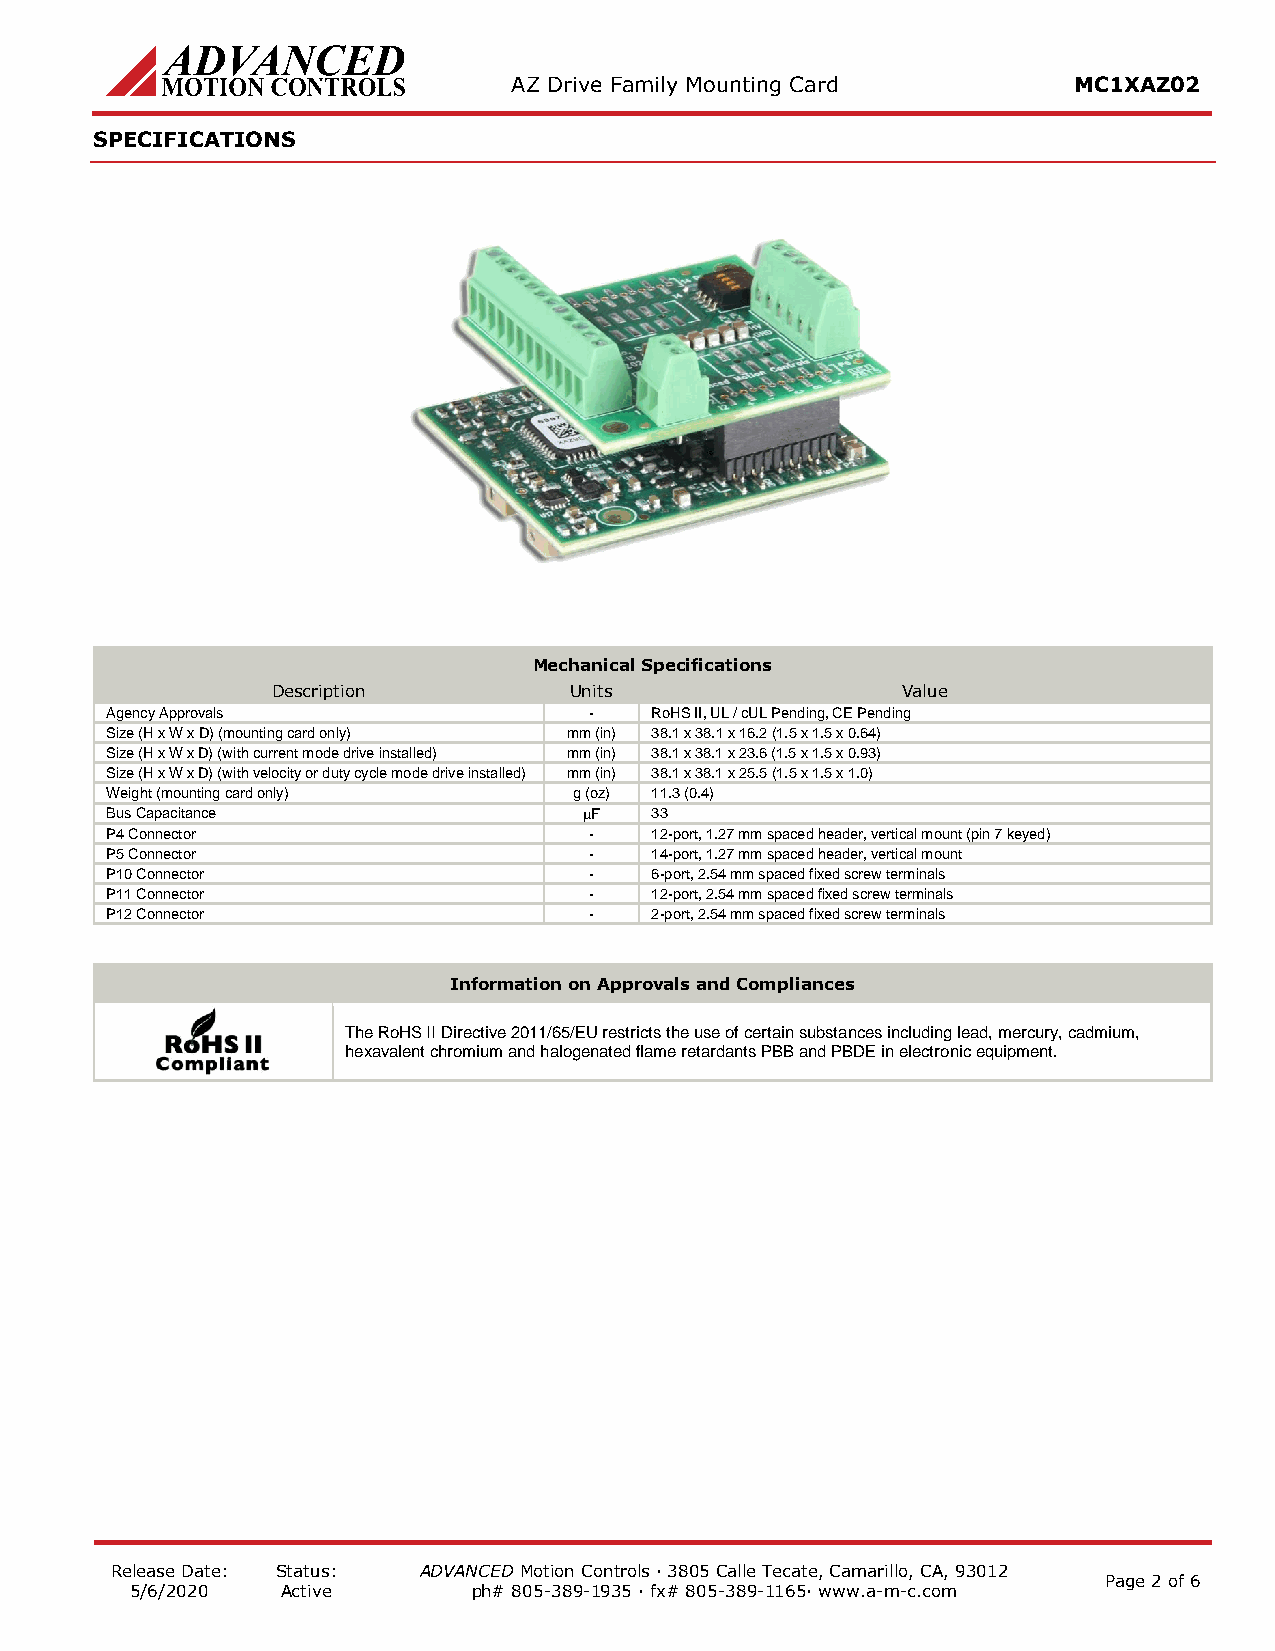
AZ Drive Family Mounting Card        MC1XAZ02
 SPECIFICATIONS
 Mechanical Specifications
 Description         Units                 Value
 Agency Approvals                -   RoHS II, UL / cUL Pending, CE Pending
 Size (H x W x D) (mounting card only) mm (in) 38.1 x 38.1 x 16.2 (1.5 x 1.5 x 0.64)
 Size (H x W x D) (with current mode drive installed) mm (in) 38.1 x 38.1 x 23.6 (1.5 x 1.5 x 0.93)
 Size (H x W x D) (with velocity or duty cycle mode drive installed) mm (in) 38.1 x 38.1 x 25.5 (1.5 x 1.5 x 1.0)
 Weight (mounting card only)    g (oz) 11.3 (0.4)
 Bus Capacitance                 F  33
 P4 Connector                    -   12-port, 1.27 mm spaced header, vertical mount (pin 7 keyed)
 P5 Connector                    -   14-port, 1.27 mm spaced header, vertical mount
 P10 Connector                   -   6-port, 2.54 mm spaced fixed screw terminals
 P11 Connector                   -   12-port, 2.54 mm spaced fixed screw terminals
 P12 Connector                   -   2-port, 2.54 mm spaced fixed screw terminals
 Information on Approvals and Compliances
 The RoHS II Directive 2011/65/EU restricts the use of certain substances including lead, mercury, cadmium,
 hexavalent chromium and halogenated flame retardants PBB and PBDE in electronic equipment.
 Release Date: Status: ADVANCED Motion Controls · 3805 Calle Tecate, Camarillo, CA, 93012
 Page 2 of 6
 5/6/2020  Active      ph# 805-389-1935 · fx# 805-389-1165· www.a-m-c.com